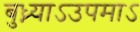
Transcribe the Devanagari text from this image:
बुध्न्याऽउपमाऽ